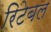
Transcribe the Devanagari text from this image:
रिटेबल